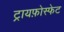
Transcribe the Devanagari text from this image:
ट्रायफ़ोस्फेट